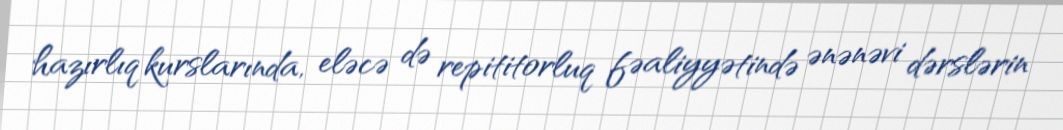
hazırlıq kurslarında, eləcə də repititorluq fəaliyyətində ənənəvi dərslərin